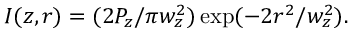
I ( z , r ) = ( 2 P _ { z } / \pi w _ { z } ^ { 2 } ) \exp ( - 2 r ^ { 2 } / w _ { z } ^ { 2 } ) .